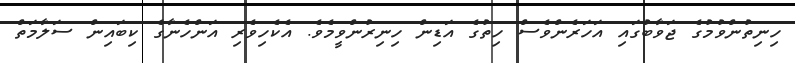
ހިނިތުންވުމުގެ ޖަވާބުގައި އަހަރެންވެސް ހިތުގެ އަޑިން ހިނިރުންވީމެވެ. އެކެހިވެރި އަންހެނާގެ ކިބައިން ސަލާމަތް